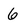
Character: 6